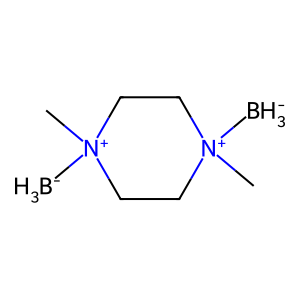
SMILES: [BH3-][N+]1(C)CC[N+]([BH3-])(C)CC1
Inhibits HIV replication: No